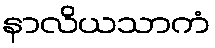
နာလိယသာကံ